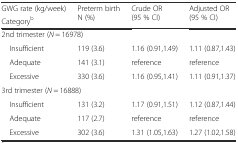
<table><thead><tr><td><b>GWG rate (kg/week)</b></td><td rowspan="2"><b>Preterm birth N (%)</b></td><td rowspan="2"><b>Crude OR (95 % CI)</b></td><td rowspan="2"><b>Adjusted OR (95 % CI)</b></td></tr><tr><td><b>Category<sup>b</sup></b></td></tr></thead><tbody><tr><td colspan="4">2nd trimester (<i>N</i> = 16978)</td></tr><tr><td> Insufficient</td><td>119 (3.6)</td><td>1.16 (0.91,1.49)</td><td>1.11 (0.87,1.43)</td></tr><tr><td> Adequate</td><td>141 (3.1)</td><td>reference</td><td>reference</td></tr><tr><td> Excessive</td><td>330 (3.6)</td><td>1.16 (0.95,1.41)</td><td>1.11 (0.91,1.37)</td></tr><tr><td colspan="4">3rd trimester (<i>N</i> = 16888)</td></tr><tr><td> Insufficient</td><td>131 (3.2)</td><td>1.17 (0.91,1.51)</td><td>1.12 (0.87,1.44)</td></tr><tr><td> Adequate</td><td>117 (2.7)</td><td>reference</td><td>reference</td></tr><tr><td> Excessive</td><td>302 (3.6)</td><td>1.31 (1.05,1.63)</td><td>1.27 (1.02,1.58)</td></tr></tbody></table>